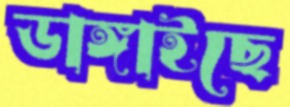
ডাঙ্গাইছে